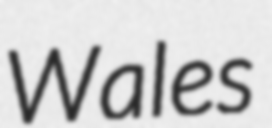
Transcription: Wales